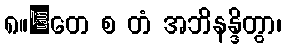
၈။	တေ စ တံ အဘိနန္ဒိတွာ၊